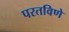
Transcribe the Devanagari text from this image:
परतविणे